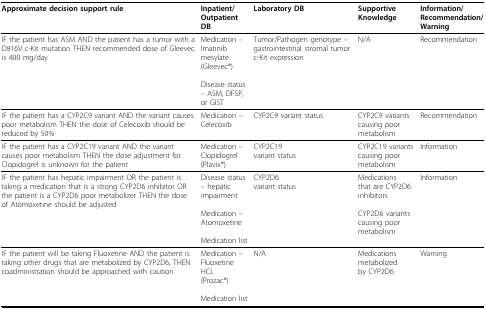
<table><thead><tr><td><b>Approximate decision support rule</b></td><td><b>Inpatient/Outpatient DB</b></td><td><b>Laboratory DB</b></td><td><b>Supportive Knowledge</b></td><td><b>Information/Recommendation/Warning</b></td></tr></thead><tbody><tr><td>IF the patient has ASM AND the patient has a tumor with a D816V c-Kit mutation THEN recommended dose of Gleevec is 400 mg/day</td><td>Medication –Imatinib mesylate(Gleevec®)Disease status – ASM, DFSP, or GIST</td><td>Tumor/Pathogen genotype – gastrointestinal stromal tumor c-Kit expression</td><td>N/A</td><td>Recommendation</td></tr><tr><td>IF the patient has a CYP2C9 variant AND the variant causes poor metabolism THEN the dose of Celecoxib should be reduced by 50%</td><td>Medication – Celecoxib</td><td>CYP2C9 variant status</td><td>CYP2C9 variants causing poor metabolism</td><td>Recommendation</td></tr><tr><td>IF the patient has a CYP2C19 variant AND the variant causes poormetabolism THEN the dose adjustment for Clopidogrel is unknown for the patient</td><td>Medication –Clopidogrel(Plavix®)</td><td>CYP2C19variant status</td><td>CYP2C19 variants causing poor metabolism</td><td>Information</td></tr><tr><td>IF the patient has hepatic impairment OR the patient is taking a medication that is a strong CYP2D6 inhibitor OR the patient is a CYP2D6 poor metabolizer THEN the dose of Atomoxetine should be adjusted</td><td>Disease status – hepatic impairmentMedication – AtomoxetineMedication list</td><td>CYP2D6variant status</td><td>Medicationsthat are CYP2D6 inhibitorsCYP2D6 variants causing poor metabolism</td><td>Information</td></tr><tr><td>IF the patient will be taking Fluoxetine AND the patient is taking other drugs that are metabolized by CYP2D6, THEN coadministration should be approached with caution</td><td>Medication –Fluoxetine HCL(Prozac®)Medication list</td><td>N/A</td><td>Medicationsmetabolizedby CYP2D6</td><td>Warning</td></tr></tbody></table>